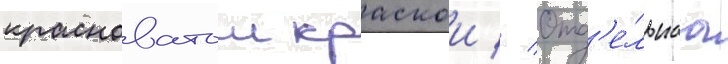
красноватои краскои // Отд'е́льнаа